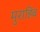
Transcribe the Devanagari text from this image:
मुराहिब